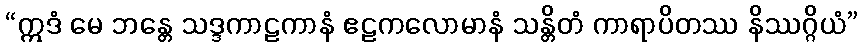
“ဣဒံ မေ ဘန္တေ သဒ္ဒကာဠကာနံ ဧဠကလောမာနံ သန္တိတံ ကာရာပိတဿ နိဿဂ္ဂိယံ”